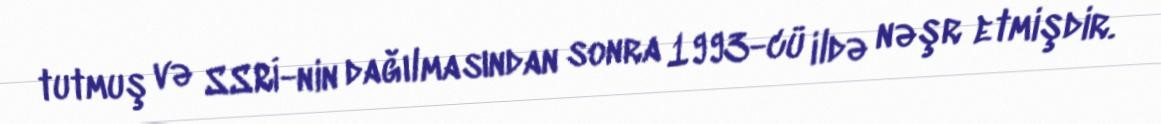
tutmuş və SSRİ-nin dağılmasından sonra 1993-cü ildə nəşr etmişdir.